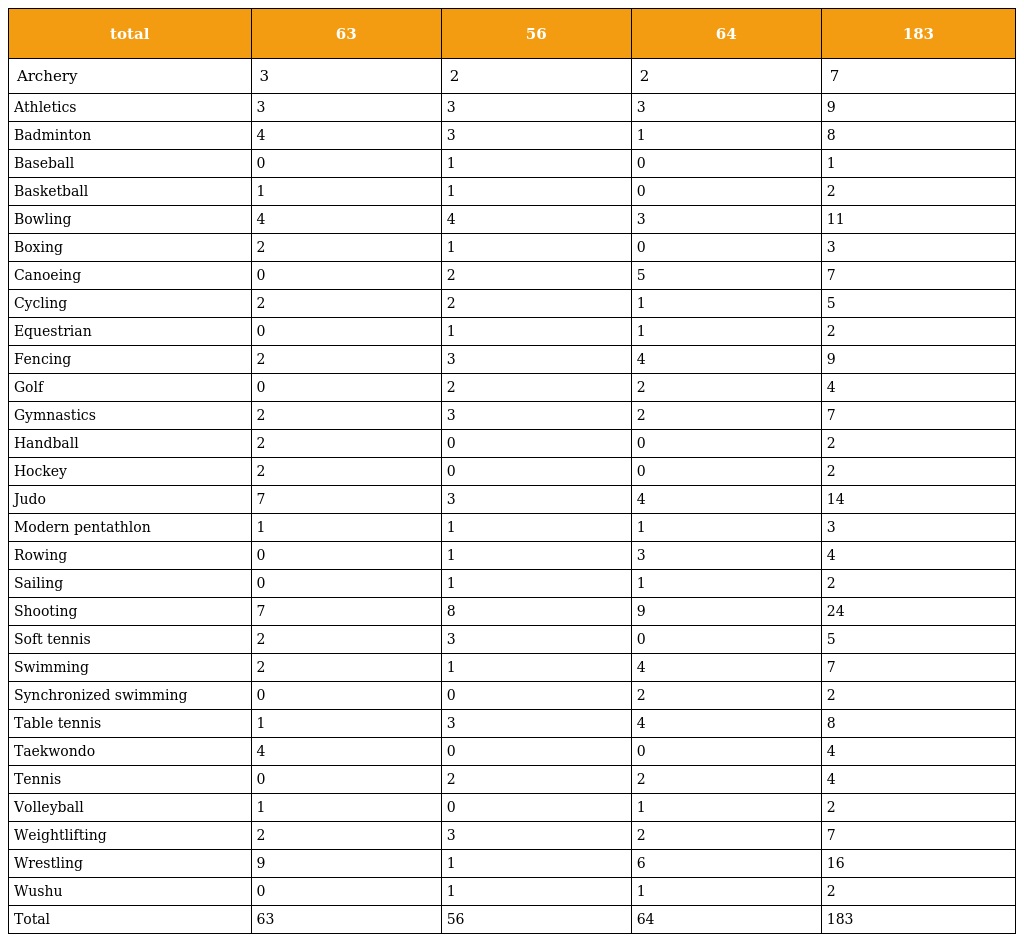
| total | 63 | 56 | 64 | 183 |
 | --- | --- | --- | --- | --- |
 | Archery | 3 | 2 | 2 | 7 |
 | Athletics | 3 | 3 | 3 | 9 |
 | Badminton | 4 | 3 | 1 | 8 |
 | Baseball | 0 | 1 | 0 | 1 |
 | Basketball | 1 | 1 | 0 | 2 |
 | Bowling | 4 | 4 | 3 | 11 |
 | Boxing | 2 | 1 | 0 | 3 |
 | Canoeing | 0 | 2 | 5 | 7 |
 | Cycling | 2 | 2 | 1 | 5 |
 | Equestrian | 0 | 1 | 1 | 2 |
 | Fencing | 2 | 3 | 4 | 9 |
 | Golf | 0 | 2 | 2 | 4 |
 | Gymnastics | 2 | 3 | 2 | 7 |
 | Handball | 2 | 0 | 0 | 2 |
 | Hockey | 2 | 0 | 0 | 2 |
 | Judo | 7 | 3 | 4 | 14 |
 | Modern pentathlon | 1 | 1 | 1 | 3 |
 | Rowing | 0 | 1 | 3 | 4 |
 | Sailing | 0 | 1 | 1 | 2 |
 | Shooting | 7 | 8 | 9 | 24 |
 | Soft tennis | 2 | 3 | 0 | 5 |
 | Swimming | 2 | 1 | 4 | 7 |
 | Synchronized swimming | 0 | 0 | 2 | 2 |
 | Table tennis | 1 | 3 | 4 | 8 |
 | Taekwondo | 4 | 0 | 0 | 4 |
 | Tennis | 0 | 2 | 2 | 4 |
 | Volleyball | 1 | 0 | 1 | 2 |
 | Weightlifting | 2 | 3 | 2 | 7 |
 | Wrestling | 9 | 1 | 6 | 16 |
 | Wushu | 0 | 1 | 1 | 2 |
 | Total | 63 | 56 | 64 | 183 |